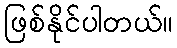
ဖြစ်နိုင်ပါတယ်။